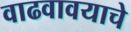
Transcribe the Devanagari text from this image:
वाढवावयाचे